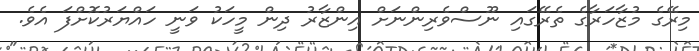
މިރޭގެ މުޒާހަރާގެ ތެރޭގައި ނޫސްވެރިންނަށް އިންޒާރު ދިން މީހަކު ވަނީ ހައްޔަރުކޮށްފަ އެވެ.